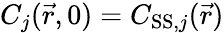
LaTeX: C_{j}(\vec{r},0)=C_{\mathrm{SS},j}(\vec{r})